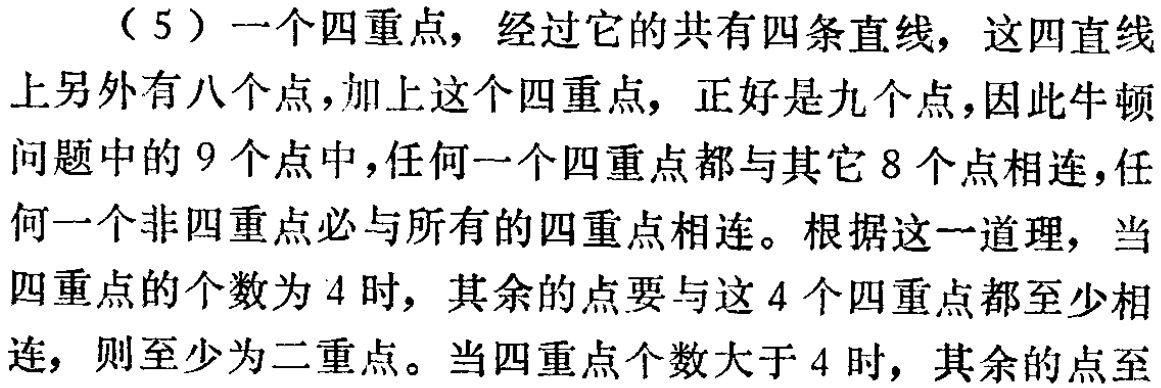
（5）一个四重点，经过它的共有四条直线，这四直线

上另外有八个点，加上这个四重点，正好是九个点，因此牛顿

问题中的 9 个点中，任何一个四重点都与其它 8 个点相连，任

何一个非四重点必与所有的四重点相连。根据这一道理，当

四重点的个数为 4 时，其余的点要与这 4 个四重点都至少相

连，则至少为二重点。当四重点个数大于 4 时，其余的点至